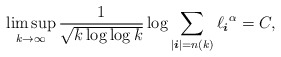
\begin{align*}\limsup_{k\to\infty} \frac{1}{ \sqrt{ k\log{ \log{k} } } } \log \sum_{| \boldsymbol{i} | = n(k)} { \ell_{\boldsymbol{i}}}^ { \alpha} = C, \end{align*}